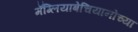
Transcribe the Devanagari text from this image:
मॅग्लियाबेचियानोच्या